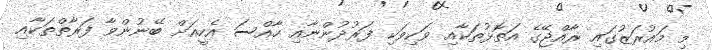
މި މައުރަޒުގައި ރާއްޖޭގެ އަތޮޅުތަކާއި ވަކިވަކި ފަރުދުންނާއި ހާއްސަ އެހީއަށް ބޭނުންވާ ފަރާތްތަކާއި